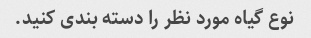
نوع گیاه مورد نظر را دسته بندی کنید.